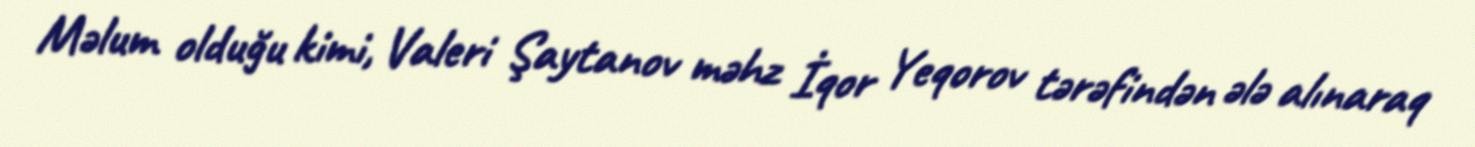
Məlum olduğu kimi, Valeri Şaytanov məhz İqor Yeqorov tərəfindən ələ alınaraq